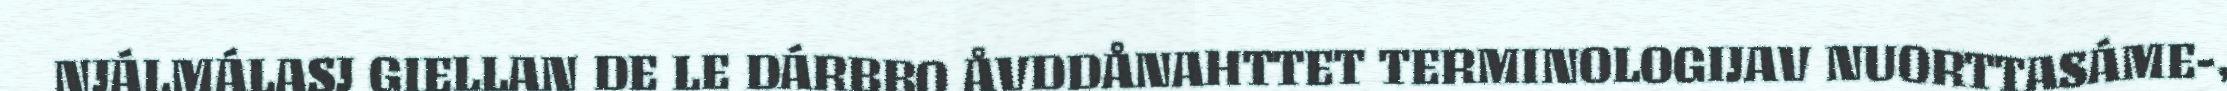
NJÁLMÁLASJ GIELLAN DE LE DÁRBBO ÅVDDÅNAHTTET TERMINOLOGIJAV NUORTTASÁME-,